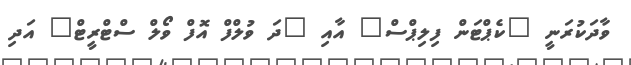
ވާދަކުރަނީ "ކެޕްޓަން ފިލިޕްސް" އާއި "ދަ ވުލްފް އޮފް ވޯލް ސްޓްރީޓް" އަދި